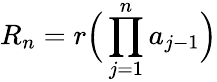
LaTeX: R_{n}={r\Big(\prod_{j=1}^{n}a_{j-1}\Big)}